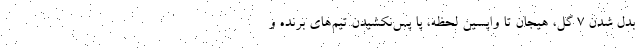
بدل شدن 7 گل، هیجان تا واپسین لحظه، پا‌ پس‌نکشیدن تیم‌های برنده و